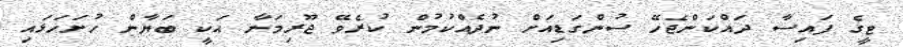
ޓީގެ ފައިސާ ދައްކަންޖެހޭ ސުންގަޑިއަށް ނުދެއްކުމުން ކުރެވޭ ޖޫރިމަނާ އަކީ ބަޔާން ހުށަހަޅައި